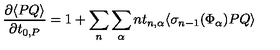
\frac { \partial \langle P Q \rangle } { \partial t _ { 0 , P } } = 1 + \sum _ { n } \sum _ { \alpha } n t _ { n , \alpha } \langle \sigma _ { n - 1 } ( \Phi _ { \alpha } ) P Q \rangle